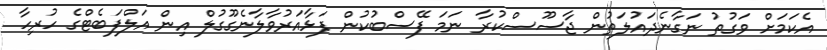
އެކަމަށް ވަގުތު ނަގާނެދައުލަތުން ޖާސޫސްކުރާ ނަމަ ފޭސްބުކުން ފަޅާއަރުވާލާނެގޫގުލް އިން އަލްފަބެޓްގެ ހުރިހާ